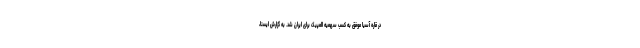
در قاره آسیا موفق به کسب سهمیه المپیک برای ایران شد. به گزارش ایسنا،